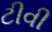
ટીવી